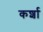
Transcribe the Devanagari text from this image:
कर्शा